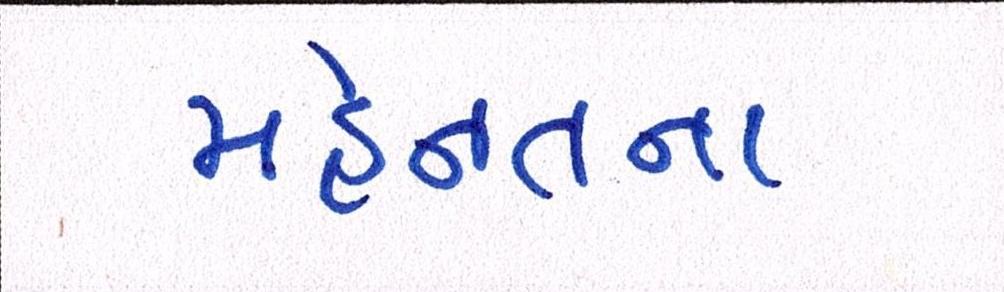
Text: મહેનતના